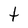
Character: t